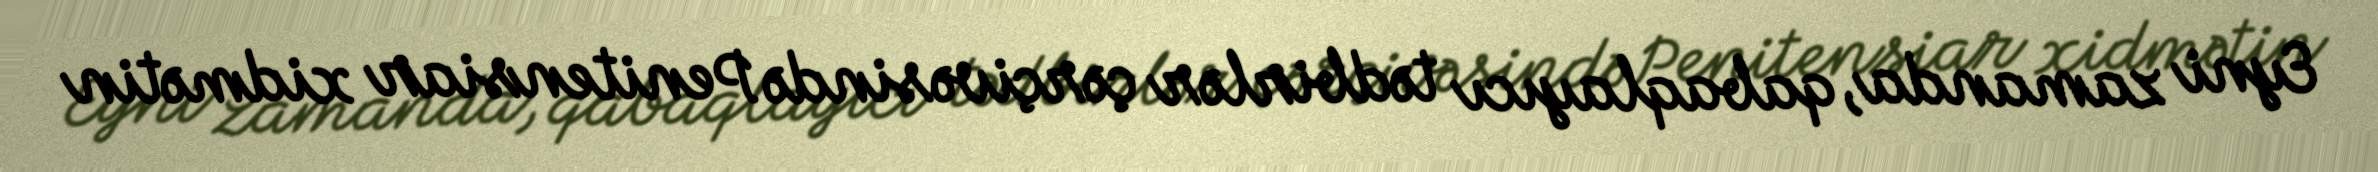
Eyni zamanda, qabaqlayıcı tədbirlər çərçivəsində Penitensiar xidmətin